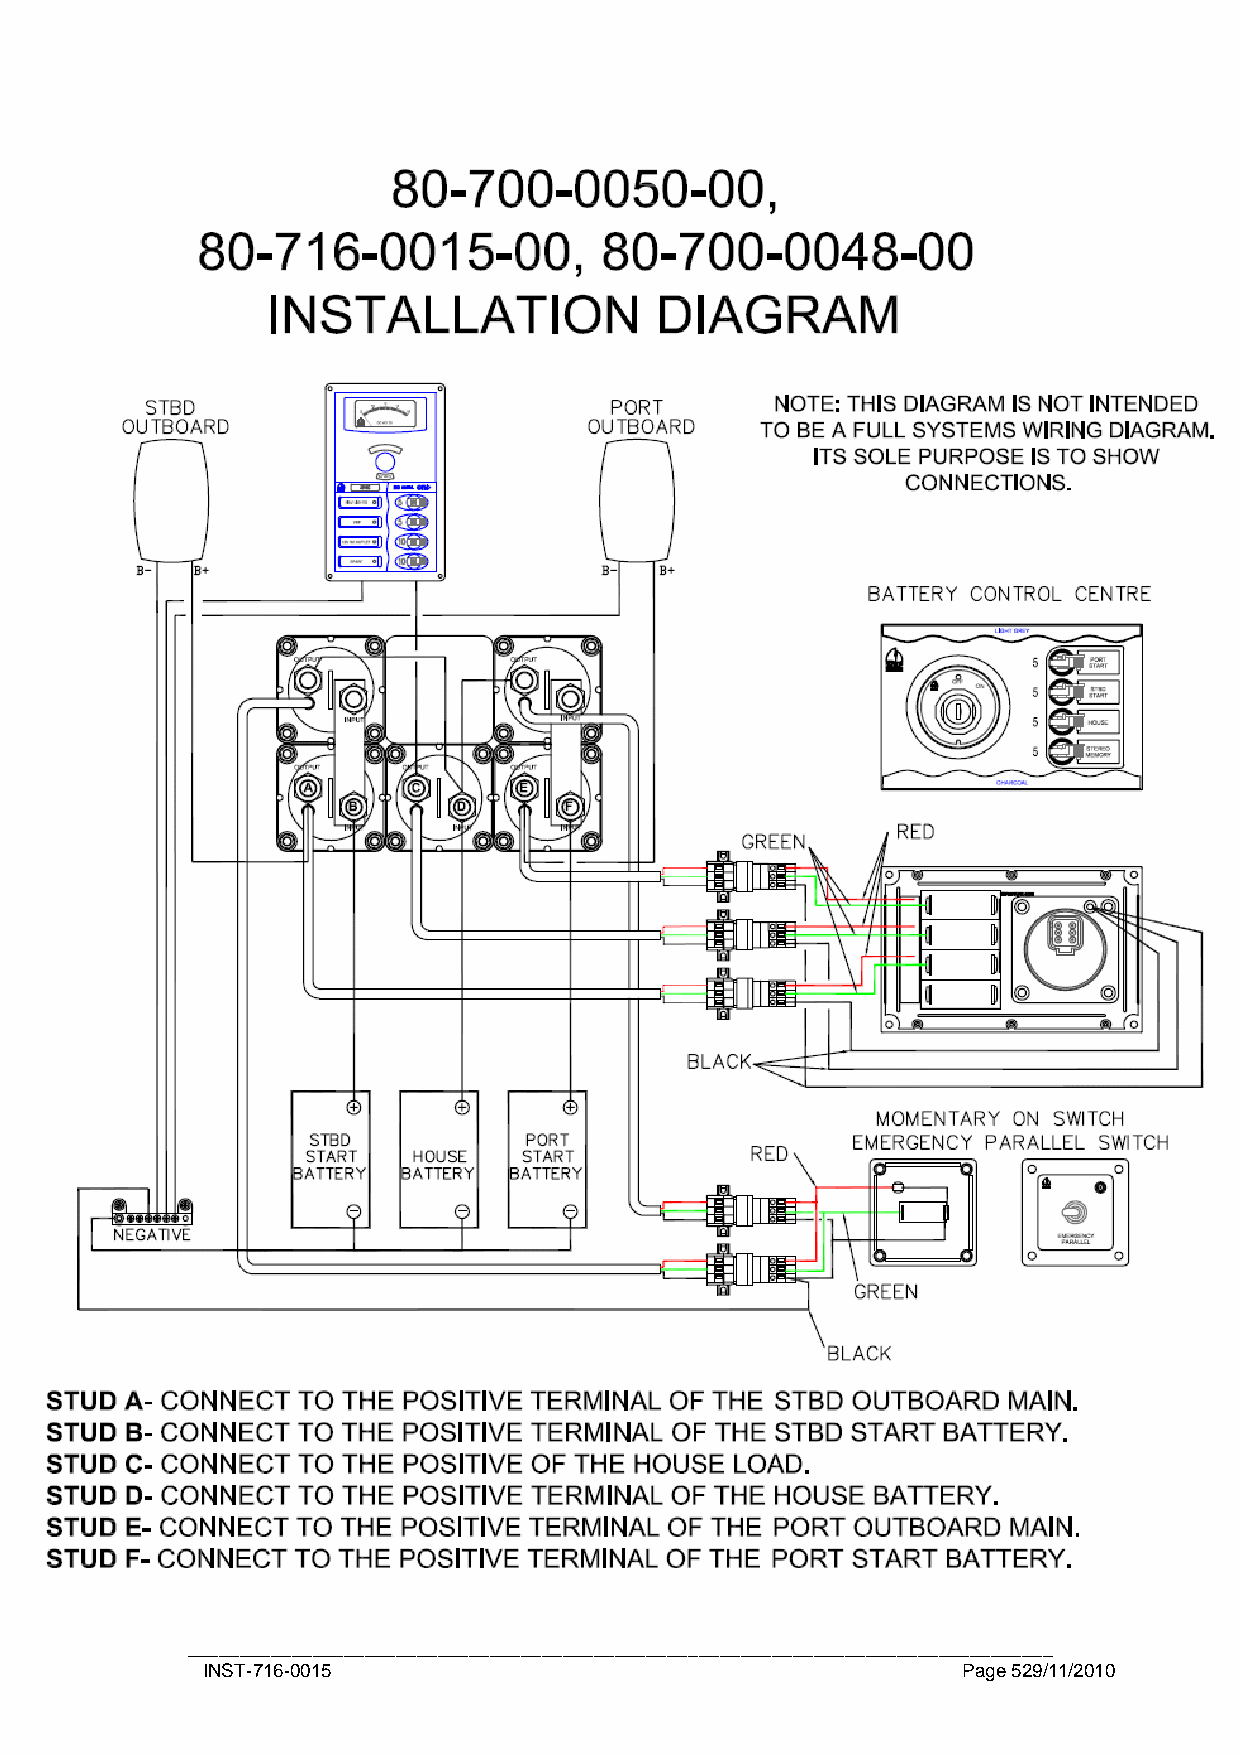
___________________________________________________________________________________
 INST-716-0015                                      Page 529/11/2010